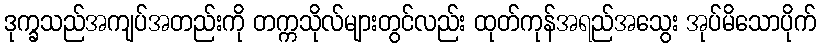
ဒုက္ခသည်အကျပ်အတည်းကို တက္ကသိုလ်များတွင်လည်း ထုတ်ကုန်အရည်အသွေး အုပ်မိသောပိုက်